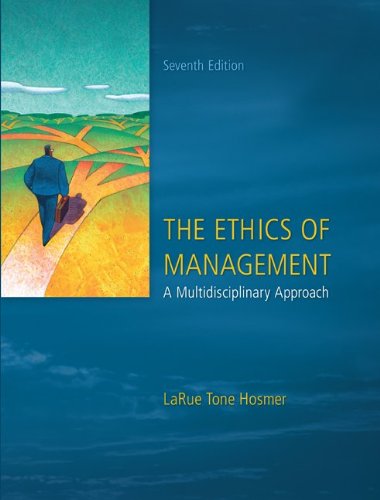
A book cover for The Ethics of Management; La Rue Hosmer; Business & Money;